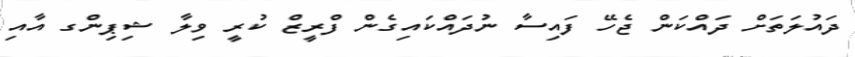
ދައުލަތަށް ދައްކަން ޖެހޭ ފައިސާ ނުދައްކައިގެން ފްރީޒް ކުރީ ވިލާ ޝިޕިންގ އާއި